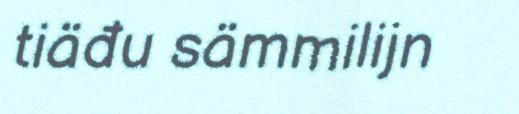
tiäđu sämmilijn